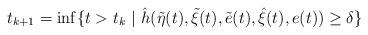
LaTeX: \begin{align*}t_{k+1} =\inf\{t>t_{k}~|~\hat{h} (\tilde{\eta}(t),\tilde{\xi}(t),\tilde{e}(t),\hat{\xi}(t),e(t))\geq\delta\}\end{align*}